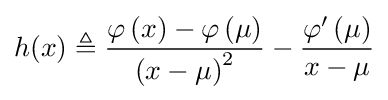
h(x)\triangleq {\frac {\varphi \left(x\right)-\varphi \left(\mu \right)}{\left(x-\mu \right)^{2}}}-{\frac {\varphi '\left(\mu \right)}{x-\mu }}